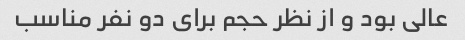
عالی بود و از نظر حجم برای دو نفر مناسب